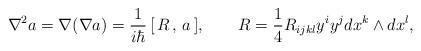
LaTeX: \begin{align*}\nabla ^2a=\nabla (\nabla a)=\frac 1{i\hbar }\,[\,R\,,\,a\,],\qquad R=\frac14R_{ijkl}y^iy^jdx^k\wedge dx^l,\end{align*}